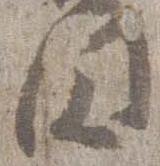
円